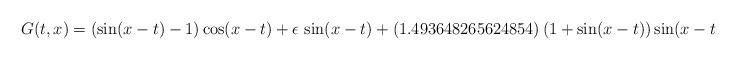
LaTeX: \begin{align*}G(t,x) = \left(\sin(x - t) - 1 \right)\cos(x - t) + \epsilon\,\sin(x - t) + \left(1.493648265624854\right)\left(1 + \sin(x-t)\right) \sin(x-t)\end{align*}